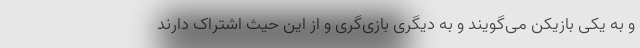
و به یکی بازیکن می‌گویند و به دیگری بازی‌گری و از این حیث اشتراک دارند